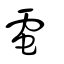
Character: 電